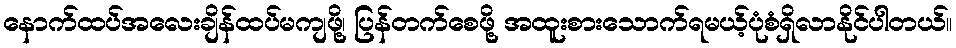
နောက်ထပ်အလေးချိန်ထပ်မကျဖို့၊ ပြန်တက်စေဖို့ အထူးစားသောက်ရမယ့်ပုံစံရှိလာနိုင်ပါတယ်။